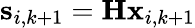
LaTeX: \mathbf{s}_{i,k+1}=\mathbf{H}\mathbf{x}_{i,k+1}